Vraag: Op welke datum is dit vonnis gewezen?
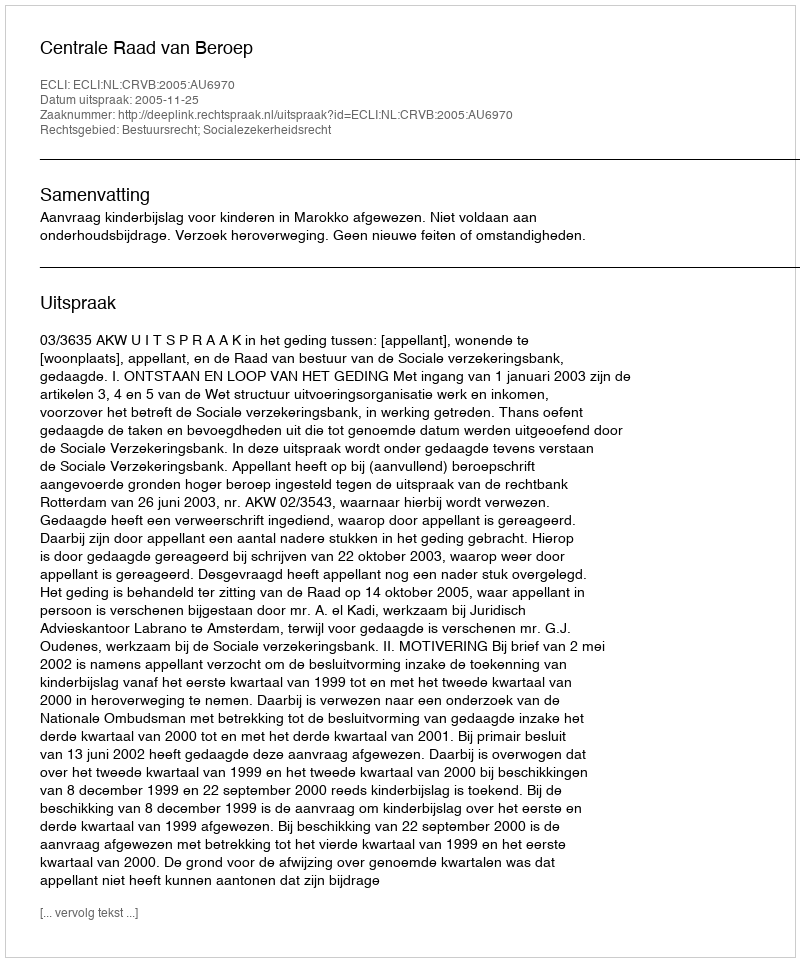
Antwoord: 2005-11-25